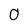
Character: 0